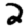
Digit: 2